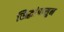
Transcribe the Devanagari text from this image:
सिद्धांपासुन